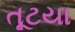
તૂટયા